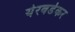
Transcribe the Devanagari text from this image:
येरवडेकर